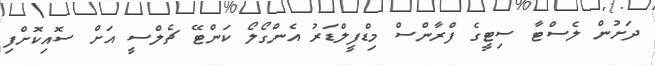
ދަށުން ލެސްޓާ ސިޓީގެ ފްރާންސް މިޑްފީލްޑަރު އެންގޯލޯ ކަންޓޭ ޗެލްސީ އަށް ސޮއިކޮށްފި